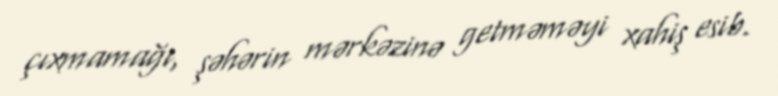
çıxmamağı, şəhərin mərkəzinə getməməyi xahiş esib.